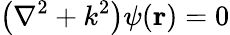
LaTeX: \left(\nabla^{2}+k^{2}\right)\psi(\mathbf{r})=0